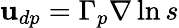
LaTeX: \textbf{u}_{dp}=\Gamma_{p}\nabla\ln s